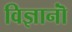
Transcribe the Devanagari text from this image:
विज्ञानॊं